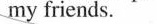
my friends.